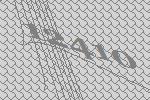
12410